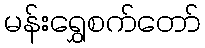
မန်းရွှေစက်တော်